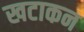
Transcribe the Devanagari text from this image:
खटाकन